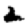
Digit: 2